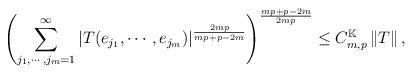
LaTeX: \begin{align*}\left( \sum_{j_{1},\cdots ,j_{m}=1}^{\infty }\left\vert T(e_{j_{1}},\cdots,e_{j_{m}})\right\vert ^{\frac{2mp}{mp+p-2m}}\right) ^{\frac{mp+p-2m}{2mp}}\leq C_{m,p}^{\mathbb{K}}\left\Vert T\right\Vert , \end{align*}